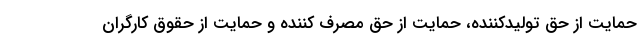
حمایت از حق تولیدکننده، حمایت از حق مصرف کننده و حمایت از حقوق کارگران